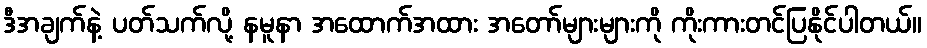
ဒီအချက်နဲ့ ပတ်သက်လို့ နမူနာ အထောက်အထား အတော်များများကို ကိုးကားတင်ပြနိုင်ပါတယ်။